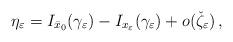
LaTeX: \begin{align*}\eta_\varepsilon=I_{\bar{x}_0}(\gamma_\varepsilon)-I_{x_\varepsilon}(\gamma_\varepsilon)+o( \check{\zeta}_\varepsilon)\,,\end{align*}